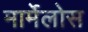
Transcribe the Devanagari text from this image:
मार्मेलोस